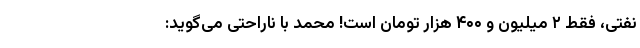
نفتی، فقط ۲ میلیون و ۴۰۰ هزار تومان است! محمد با ناراحتی می‌گوید: